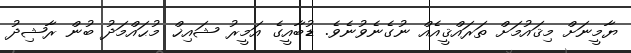
ޔާމީނަށް މިޤައުމަށް ތަރައްޤީއެއް ނުގެނެވުނެވެ. ޑުބާއީގެ އަމީރު ޝައިޚް މުޙައްމަދު ބުން ރާޝިދު